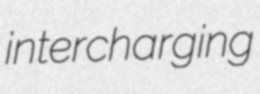
intercharging